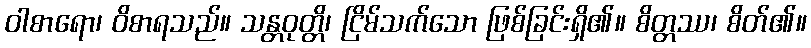
ဝါစာရော၊ ဝိစာရသည်။ သန္တဝုတ္တိ၊ ငြိမ်သက်သော ဖြစ်ခြင်းရှိ၏။ စိတ္တဿ၊ စိတ်၏။